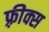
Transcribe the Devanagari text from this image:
फ़्रीक्स